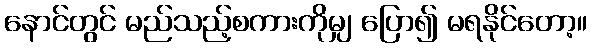
နောင်တွင် မည်သည့်စကားကိုမျှ ပြော၍ မရနိုင်တော့။